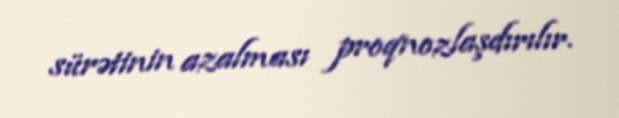
sürətinin azalması proqnozlaşdırılır.